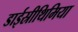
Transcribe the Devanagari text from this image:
डाईस्रीथिमिया